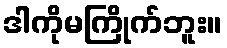
ဒါကိုမကြိုက်ဘူး။